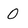
Character: O